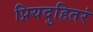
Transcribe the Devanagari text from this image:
प्रियदुहितरं